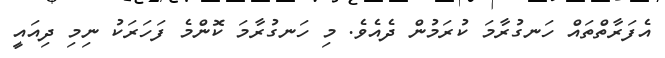
އެފަރާތްތައް ހަނގުރާމަ ކުރަމުން ދެއެވެ. މި ހަނގުރާމަ ކޮންމެ ފަހަރަކު ނިމި ދިއައީ